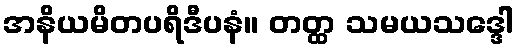
အနိယမိတပရိဒီပနံ။ တတ္ထ သမယသဒ္ဒေါ